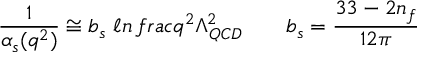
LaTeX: \frac { 1 } { \alpha _ { s } ( q ^ { 2 } ) } \cong b _ { s } \ \ell n \, f r a c { q ^ { 2 } } { \Lambda _ { Q C D } ^ { 2 } } \qquad b _ { s } = \frac { 3 3 - 2 n _ { f } } { 1 2 \pi }